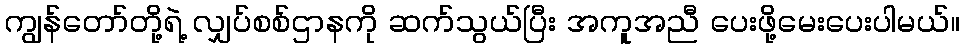
ကျွန်တော်တို့ရဲ့ လျှပ်စစ်ဌာနကို ဆက်သွယ်ပြီး အကူအညီ ပေးဖို့မေးပေးပါမယ်။